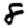
Digit: 8